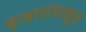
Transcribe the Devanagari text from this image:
हजारांपासून